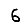
Digit: 6